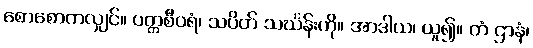
စောစောကလျှင်။ ပတ္တစီဝရံ၊ သပိတ် သင်္ဃန်းကို။ အာဒါယ၊ ယူ၍။ တံ ဌာနံ၊